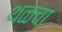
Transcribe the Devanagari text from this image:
थळचा